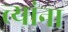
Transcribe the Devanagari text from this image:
त्त्यांना